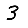
Digit: 3